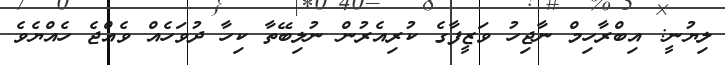
ލިޔުނީ: އިބްރާހިމް ނާޖިހު ވަޒީފާގެ ކުރިއެރުން ނުލިބޭތާ ކިހާ ދުވަހެއް ވެއްޖެ ހެއްޔެވެ